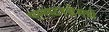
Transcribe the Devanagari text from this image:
एम्सटरडेमशे